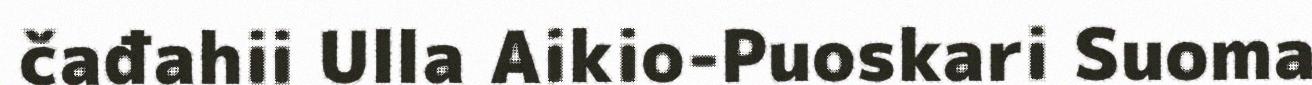
čađahii Ulla Aikio-Puoskari Suoma